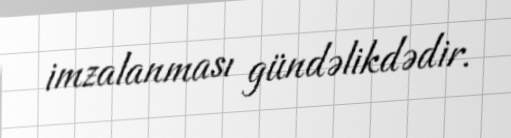
imzalanması gündəlikdədir.